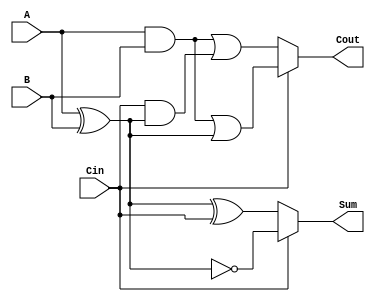
module Conditional_Sum_Full_Adder (
    input wire A,      // First binary input
    input wire B,      // Second binary input
    input wire Cin,    // Carry input from previous stage
    output wire Sum,   // Sum output
    output wire Cout   // Carry output for next stage
);
  
    // Intermediate signals for sum and carry calculations
    wire Sum0, Sum1;   // Intermediate sums
    wire Cout0, Cout1; // Intermediate carry outputs

    // Sum calculations
    assign Sum0 = A ^ B ^ Cin;       // Sum assuming no carry
    assign Sum1 = A ^ B ^ 1'b1;      // Sum assuming carry
    
    // Carry output calculations
    assign Cout0 = (A & B) | (Cin & (A ^ B)); // Carry out for Sum0
    assign Cout1 = (A & B) | ((A ^ B) & 1'b1); // Carry out for Sum1

    // Final output selection based on Cin
    assign Sum = (Cin) ? Sum1 : Sum0;     // Select the appropriate sum
    assign Cout = (Cin) ? Cout1 : Cout0;  // Select the appropriate carry

endmodule